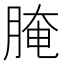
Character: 腌